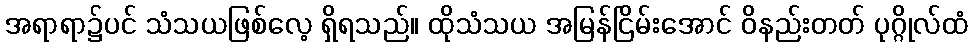
အရာရာ၌ပင် သံသယဖြစ်လေ့ ရှိရသည်။ ထိုသံသယ အမြန်ငြိမ်းအောင် ဝိနည်းတတ် ပုဂ္ဂိုလ်ထံ